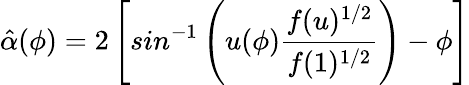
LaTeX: \hat{\alpha}(\phi)=2\left[sin^{-1}\left(u(\phi)\frac{f(u)^{1/2}}{f(1)^{1/2}}\right)-\phi\right]